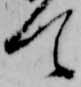
て